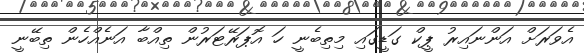
އެވަރަށް އަންނައިރު ޕީކް ގަޑީގައި މިތިބެނީ ހަ އޮޕަރޭޓަރުން ތިިއްބާ އަނެއްހެން ތިބޭނީ